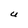
Character: U